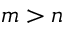
m > n